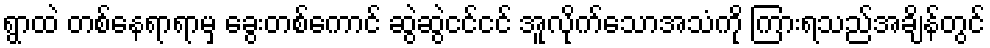
ရွာထဲ တစ်နေရာရာမှ ခွေးတစ်ကောင် ဆွဲဆွဲငင်ငင် အူလိုက်သောအသံကို ကြားရသည်အချိန်တွင်